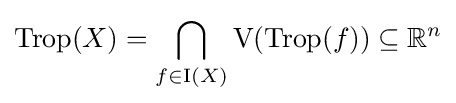
\operatorname {Trop} (X)=\bigcap _{f\in \mathrm {I} (X)}\mathrm {V} (\operatorname {Trop} (f))\subseteq \mathbb {R} ^{n}